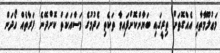
މަޢުލޫމާތާއި އެއްގޮތަށް ތިރީގައި ބަޔާންކޮށްފައިވާ ތަކެތި ހެދުމުގެެ މަސްއަކަތް ކޮށްދޭނެ ފަރާތެއް ހޯދަން